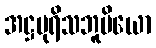
အဋ္ဌပုရိသဘူမိယော